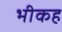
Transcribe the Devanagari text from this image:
भीकह